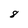
Character: 8